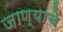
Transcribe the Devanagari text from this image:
जाण्याचें